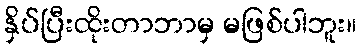
နှိပ်ပြီးထိုးတာဘာမှ မဖြစ်ပါဘူး။